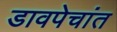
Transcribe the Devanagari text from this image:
डावपेचांत